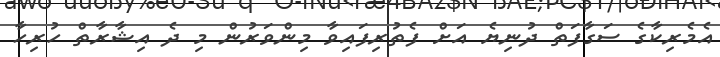
އެމެރިކާގެ ސަގާފަތް ދުނިޔެ އަށް ފެތުރިފައިވާ މިންވަރުން މި ދެ އިޝާރާތް ހުރިހާ